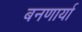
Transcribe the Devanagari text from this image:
बनणार्या